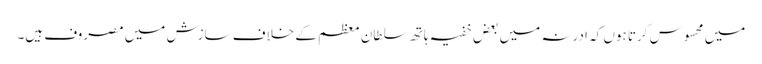
میں محسوس کرتا ہوں کہ ادرنہ میں بعض خفیہ ہاتھ سلطان معظم کے خلاف سازش میں مصروف ہیں۔